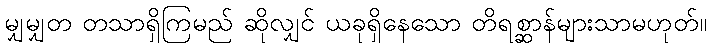
မျှမျှတ တသာရှိကြမည် ဆိုလျှင် ယခုရှိနေသော တိရစ္ဆာန်များသာမဟုတ်။